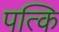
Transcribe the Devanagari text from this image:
पत्कि